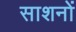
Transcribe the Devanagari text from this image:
साशनों